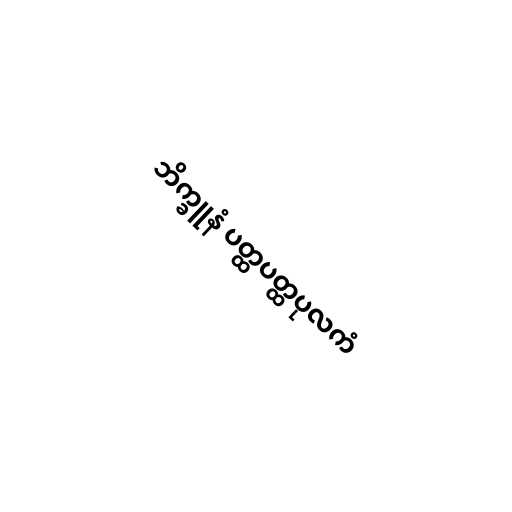
ဘိက္ခူနံ ပတ္ထပတ္ထပုလကံ